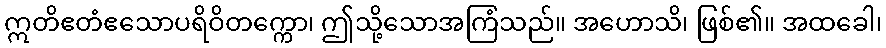
ဣတိဧတံဧသောပရိဝိတက္ကော၊ ဤသို့သောအကြံသည်။ အဟောသိ၊ ဖြစ်၏။ အထခေါ၊